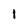
Character: 1